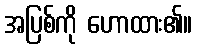
အပြစ်ကို ဟောထား၏။